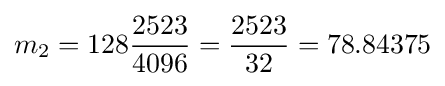
m_{2}=128{\frac {2523}{4096}}={\frac {2523}{32}}=78.84375